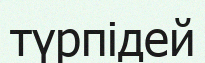
түрпідей